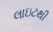
લાઇટથી